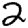
Digit: 2